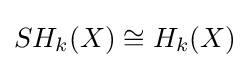
SH_{k}(X)\cong H_{k}(X)